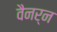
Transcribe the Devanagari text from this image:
वैनर्न